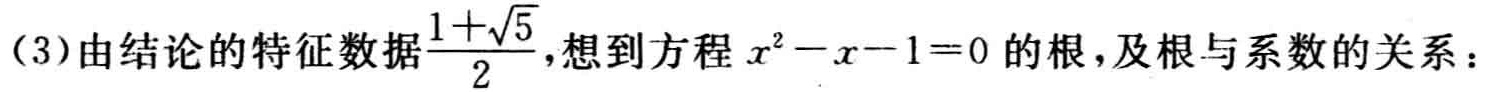
(3)由结论的特征数据$\frac{1 + \sqrt{5}}{2}$，想到方程$x^{2}-x - 1 = 0$的根，及根与系数的关系：